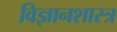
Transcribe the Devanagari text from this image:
विज्ञानशास्त्र